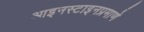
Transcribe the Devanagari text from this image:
आइनस्टाइनप्रमाणे